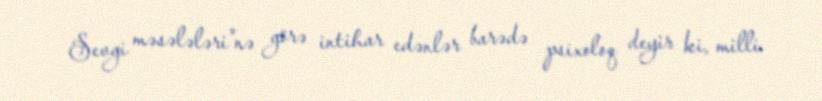
Sevgi məsələləri"nə görə intihar edənlər barədə psixoloq deyir ki, milli